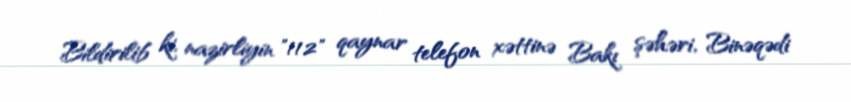
Bildirilib ki, nazirliyin "112" qaynar telefon xəttinə Bakı şəhəri, Binəqədi